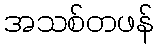
အသစ်တဖန်